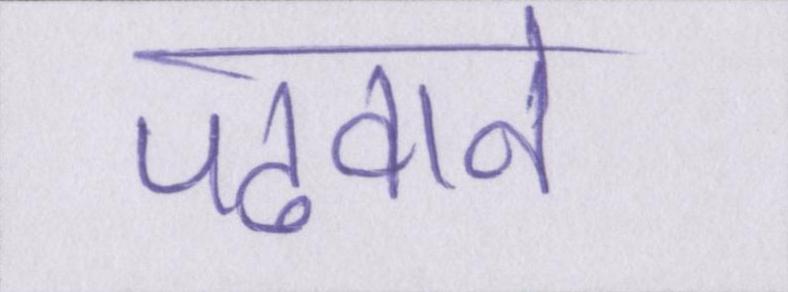
पढवाने